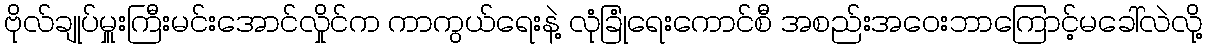
ဗိုလ်ချုပ်မှူးကြီးမင်းအောင်လှိုင်က ကာကွယ်ရေးနဲ့ လုံခြုံရေးကောင်စီ အစည်းအဝေးဘာကြောင့်မခေါ်လဲလို့